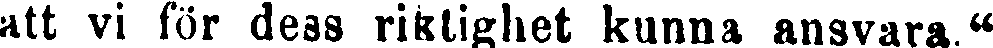
att vi för dess riktighet kunna ansvara."